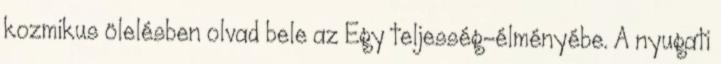
kozmikus ölelésben olvad bele az Egy teljesség-élményébe. A nyugati